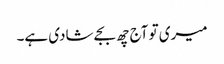
میری تو آج چھ بجے شادی ہے۔